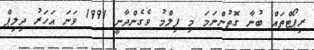
ރިޕޯޓްތައް ބުނާ ގޮތުންނަމަ މި ފިލްމު ވެގެންދާނީ 1991 ވަނަ އަހަރު ދިލިޕް